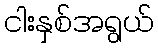
ငါးနှစ်အရွယ်